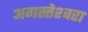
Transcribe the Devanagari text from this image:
अगस्‍तेश्‍वरा